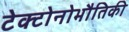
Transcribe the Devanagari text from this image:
टेक्टोनोभौतिकी